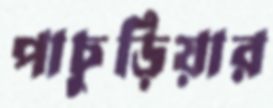
পাচুড়িয়ার